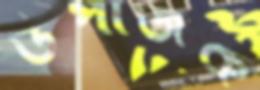
উপার্জক